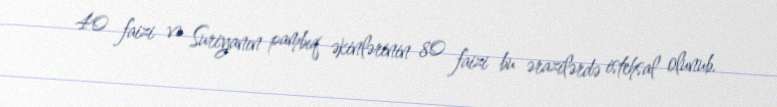
40 faizi və Suriyanın pambıq əkinlərinin 80 faizi bu ərazilərdə istehsal olunub.